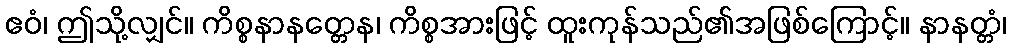
ဧဝံ၊ ဤသို့လျှင်။ ကိစ္စနာနတ္တေန၊ ကိစ္စအားဖြင့် ထူးကုန်သည်၏အဖြစ်ကြောင့်။ နာနတ္တံ၊